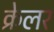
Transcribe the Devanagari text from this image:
क्रेलर